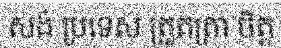
សង់ ប្រទេស ត្រួតត្រា ចិត្ត